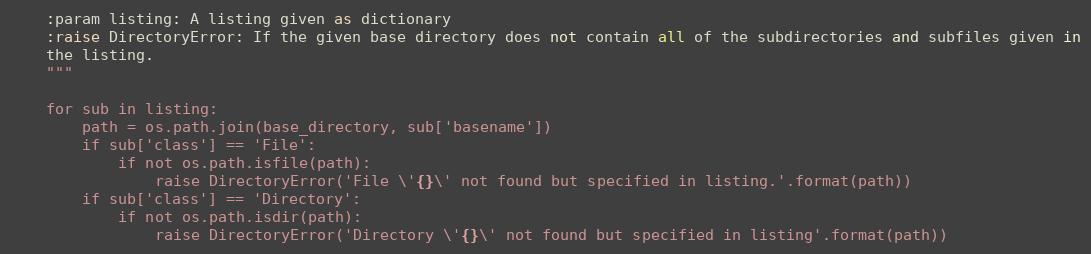
Language: Python
    :param listing: A listing given as dictionary
    :raise DirectoryError: If the given base directory does not contain all of the subdirectories and subfiles given in
    the listing.
    """

    for sub in listing:
        path = os.path.join(base_directory, sub['basename'])
        if sub['class'] == 'File':
            if not os.path.isfile(path):
                raise DirectoryError('File \'{}\' not found but specified in listing.'.format(path))
        if sub['class'] == 'Directory':
            if not os.path.isdir(path):
                raise DirectoryError('Directory \'{}\' not found but specified in listing'.format(path))